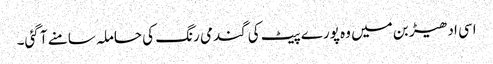
اسی ادھیڑ بن میں وہ پورے پیٹ کی گندمی رنگ کی حاملہ سامنے آ گئی۔